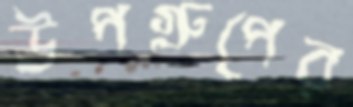
উপগ্রুপের